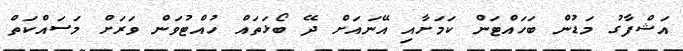
އަޝްފާގު މަޑުން ބަހައްޓަން ކަމަށާއި އޭނައަށް ދޭ ބޯޅަތައް ހުއްޓުވަން ވަރަށް މަސައްކަތް